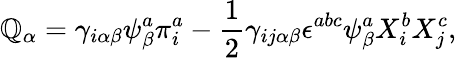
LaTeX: \mathbb{Q}_{\alpha}=\gamma_{i\alpha\beta}\psi_{\beta}^{a}\pi_{i}^{a}-\frac{{1}}{{2}}\gamma_{ij\alpha\beta}\epsilon^{abc}\psi_{\beta}^{a}X_{i}^{b}X_{j}^{c},